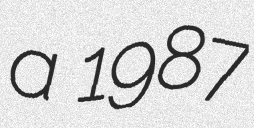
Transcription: a 1987